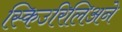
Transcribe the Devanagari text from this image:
स्किउरिलिअने